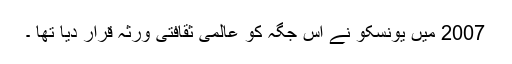
2007 میں یونسکو نے اس جگہ کو عالمی ثقافتی ورثہ قرار دیا تھا ۔